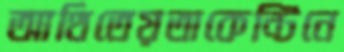
আথিতেয়তাকেন্টিনে